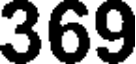
369